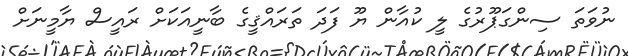
ނުވަތަ ސިންގަޕޫރުގެ ލީ ކުއާން ޔޫ ފަދަ ތަރައްޤީގެ ބާނީއަކަށް ރައީސް ޔާމީނަށް